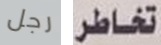
رجل تخاطر